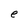
Character: e